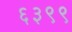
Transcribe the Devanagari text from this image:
६३९९